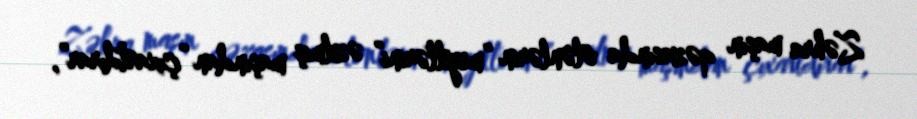
Zəhra maşın qəzasında ölənlərin “meyitlərini” əzilmiş maşından “çıxartdırar”,